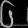
Digit: ၆